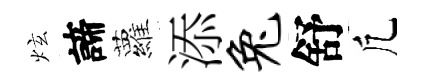
炫諦蘿添兔舒凢